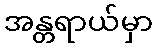
အန္တရာယ်မှာ